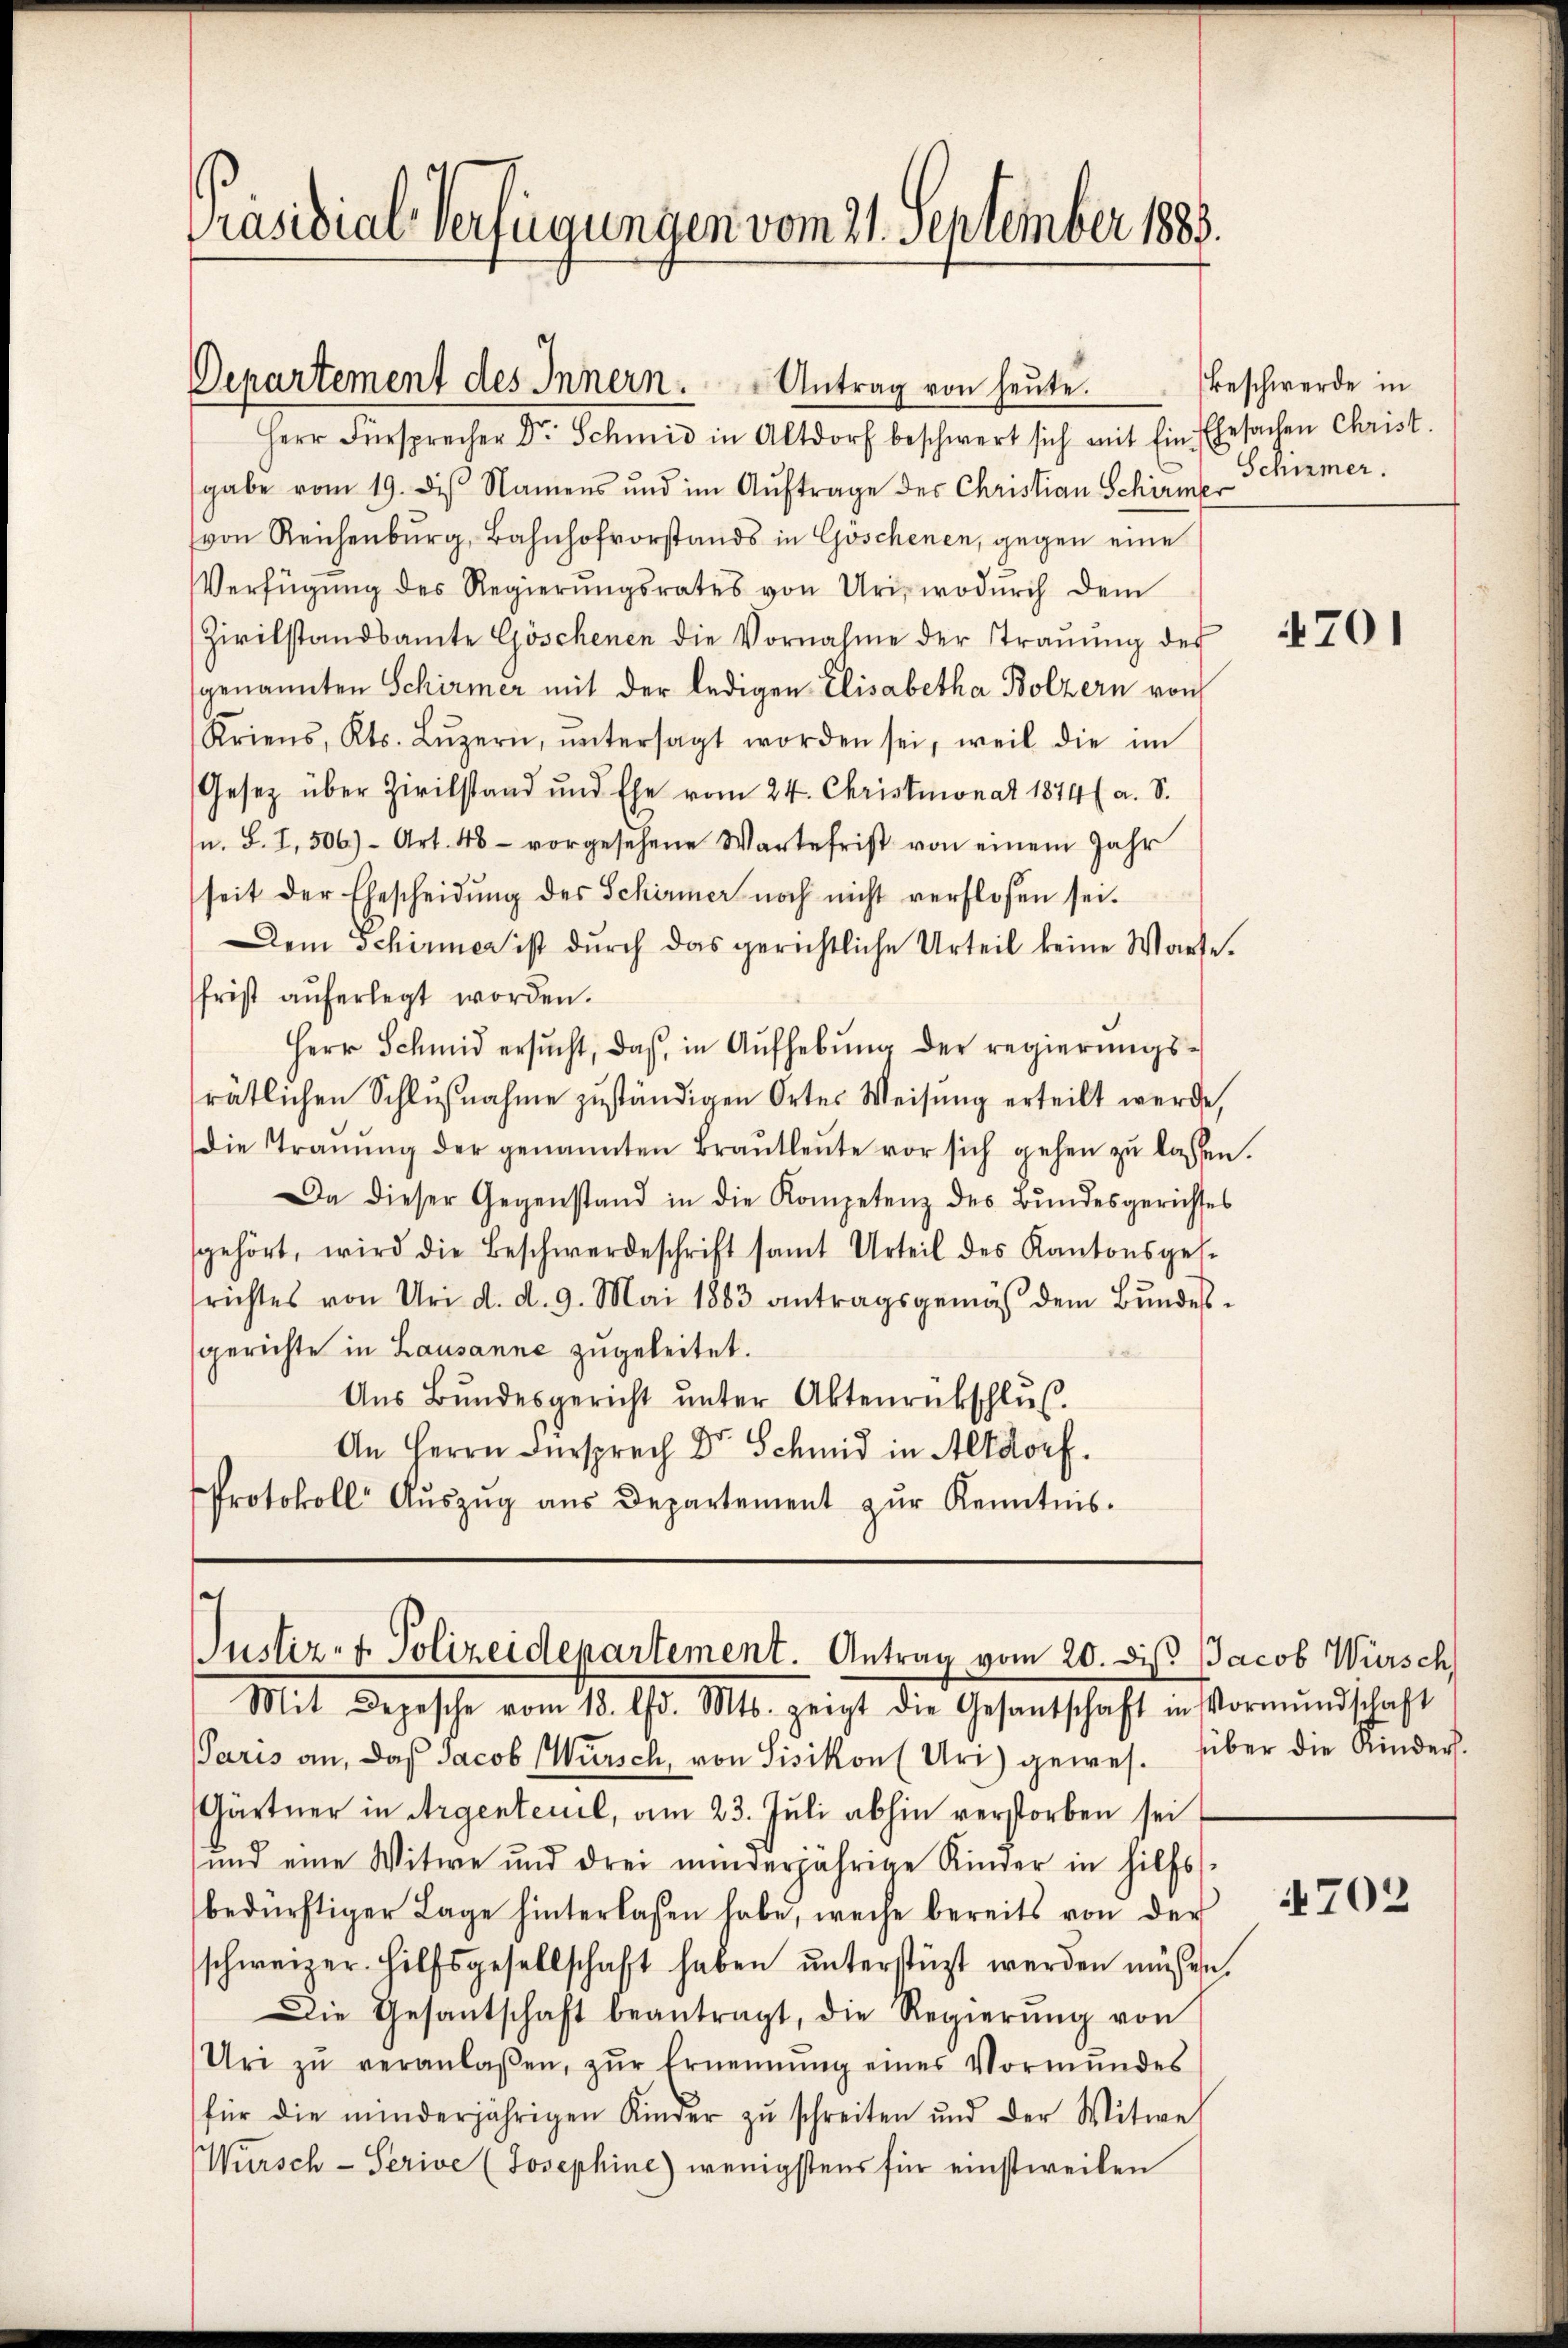
Präsidial-Verfügungen vom 21. September 1883.

Departement des Innern.

Antrag von heŭte.

et
Justiz- & Polizeidepartement. Antrag vom 20. dieß Jacob Würsch
Mit Depesche vom 18. d. Mts. zeigt die Gesantschaft in Vormŭndschaft

Herr Fürsprecher Dr. Schmid in Altdorf beschwert sich mit Ein Ehesachen Christ
gabe vom 19. des Namens und im Aŭftrage der Christian Schirme Schürmer.
von Reichenburg, Bahnhofvorstands in Göschenen, gegen eine
Verfügŭng des Regierŭngsrates von Uri, wodŭrch dem
Zivilstandsamte Göschenen die Vornahme der Traŭŭng des
genannten Schirmer mit der ledigen Elisabetha Bolzern von
Kriens, Kts. Lŭzern, ŭntersagt worden sei, weil die im
Gesetz über Zivilstand und Ehe vom 24. Christmonat 1874 a. S.
n. B. I. 506) Art. 48 - vorgesehene Wartefrist von einem Jahr
seit der Ehescheidung des Schirmer noch nicht verflossen sei.
Dem Schirmer ist durch das gerichtliche Urteil keine Warte.
frist aŭferlegt worden.
Herr Schmid ersŭcht, daβ in Aŭfhebŭng der regierŭngs-
rätlichen Schlußnahme zuständigen Ortes Weisung erteilt werde,
die Trauung der genannten Braŭtleŭte vor sich gehen zŭ lassen.
Da dieser Gegenstand in die Kompetenz des Bŭndesgerichtes
gehört, wird die Beschwerdeschrift samt Urteil des Kantonsges.
srichtes von Uri d. d. 9. Mai 1883 antragsgemäß dem Bundessgerichte in Lausanne zugeleitet.
Aŭs Bŭndesgericht ŭnter Aktenrückschlŭβ
An Herrn Fürsprech Dr Schmid in Altdorf.
Protokoll Aŭszŭg aŭs Departement zŭr Kenntnis.

Beschwerde in

Paris an, daß Jacob Würsch, von Sisikon (Uri) gewes. über die Kinders.
Gärtner in Argenteuil, am 23. Juli abhin verstorben sei
und eine Witwe und drei minderjährige Kinder in hilfs
bedürftiger Lage hinterlassen habe, weise bereits von der
schweizer. Hilfsgesellschaft haben ŭnterstüzt werden müssen.
Die Gesantschaft beantragt, die Regierŭng von
Uri zŭ veranlaßen, zŭr Ernennung eines Vormŭndes
für die minderjährigen Kinder zŭ schreiten und der Witwel
Würsch - Serive (Josephine) wenigstens für einstweilen

701

4702